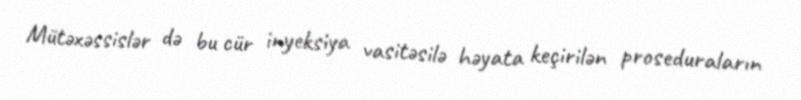
Mütəxəssislər də bu cür inyeksiya vasitəsilə həyata keçirilən proseduraların